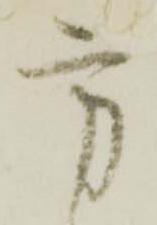
方